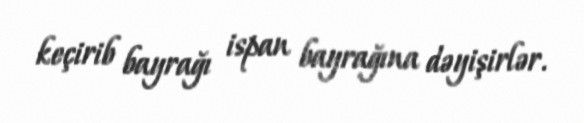
keçirib bayrağı ispan bayrağına dəyişirlər.